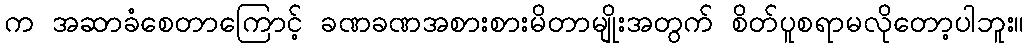
က အဆာခံစေတာကြောင့် ခဏခဏအစားစားမိတာမျိုးအတွက် စိတ်ပူစရာမလိုတော့ပါဘူး။